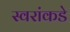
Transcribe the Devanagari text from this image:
स्वरांकडे